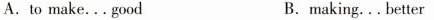
A.to make...good B.making... better